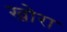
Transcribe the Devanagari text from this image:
खोरा